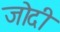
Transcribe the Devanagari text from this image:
जोदी